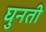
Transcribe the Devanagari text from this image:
घुनती